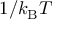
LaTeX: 1 / k _ { \mathrm { { B } } } T